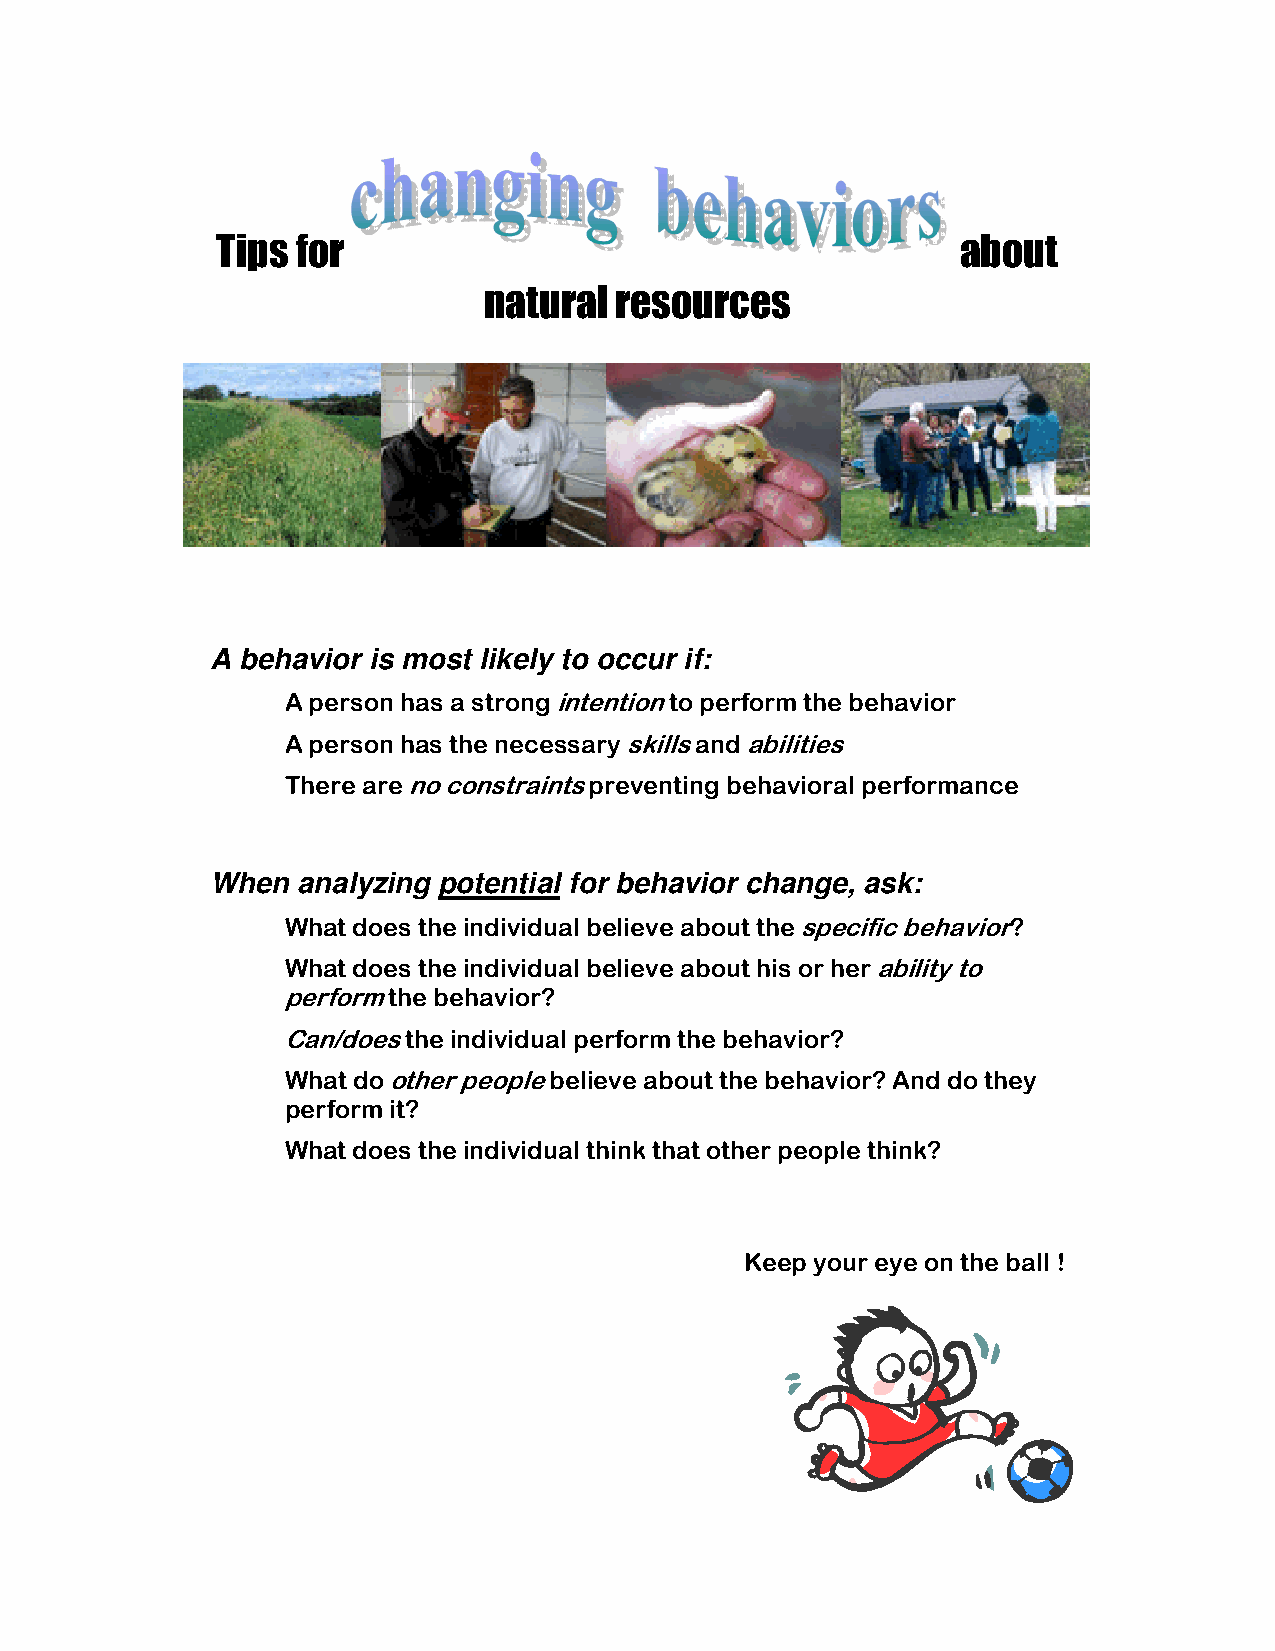
Tips  for                                         about
 natural  resources
 A behavior is most likely to occur if:
 A person has a strong intention to perform the behavior
 A person has the necessary skills and abilities
 There are no constraints preventing behavioral performance
 When  analyzing potential for behavior change, ask:
 What does the individual believe about the specific behavior?
 What does the individual believe about his or her ability to
 perform the behavior?
 Can/does the individual perform the behavior?
 What do other people believe about the behavior? And do they
 perform it?
 What does the individual think that other people think?
 Keep your eye on the ball !